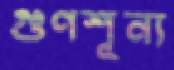
গুণশূন্য